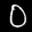
Label: 0